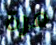
مرة